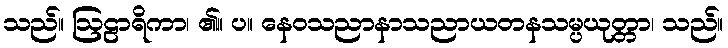
သည်။ ဩဠာရိကာ၊ ၏။ ပ။ နေဝသညာနာသညာယတနသမ္ပယုတ္တာ၊ သည်။